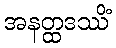
အနတ္ထဒဿိံ